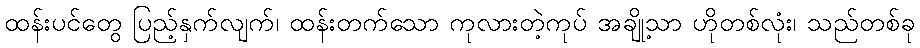
ထန်းပင်တွေ ပြည့်နှက်လျက်၊ ထန်းတက်သော ကုလားတဲ့ကုပ် အချို့သာ ဟိုတစ်လုံး၊ သည်တစ်ခု